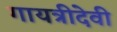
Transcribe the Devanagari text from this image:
गायत्रीदेवी